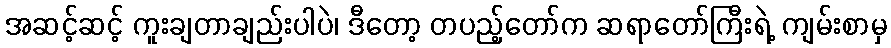
အဆင့်ဆင့် ကူးချတာချည်းပါပဲ၊ ဒီတော့ တပည့်တော်က ဆရာတော်ကြီးရဲ့ ကျမ်းစာမှ